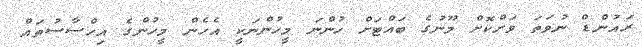
ރައުންޑް ނުވަތަ ވަށްކޮށް މޫނުގެ ބައްޓަށް ހުންނަ މީހުންނަކީ އެހެން މީހުންގެ އިހްސާސުތައް